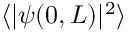
\langle \vert \psi ( 0 , L ) \vert ^ { 2 } \rangle